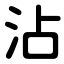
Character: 沾